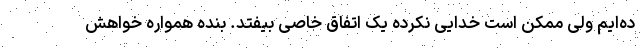
ده‌ایم ولی ممکن است خدایی نکرده یک اتفاق خاصی بیفتد. بنده همواره خواهش